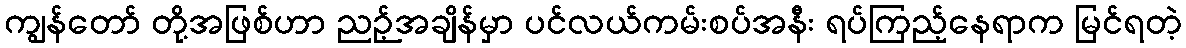
ကျွန်တော် တို့အဖြစ်ဟာ ညဉ့်အချိန်မှာ ပင်လယ်ကမ်းစပ်အနီး ရပ်ကြည့်နေရာက မြင်ရတဲ့